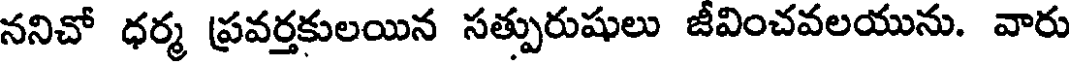
ననిచో ధర్మ ప్రవర్తకులయిన సత్పురుషులు జీవించవలయును. వారు